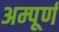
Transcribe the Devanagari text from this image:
अम्पूर्ण